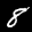
Label: 8